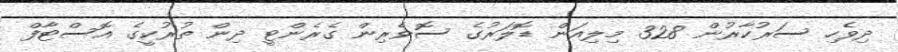
ދިވެހި ސަރުކާރުން 328 މިލިއަން ޑޮލަރުގެ ސޮވެރިން ގެރެންޓީ ދިން ތުރުކީގެ އޮސްޓާފް